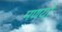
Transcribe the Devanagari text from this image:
मणयो